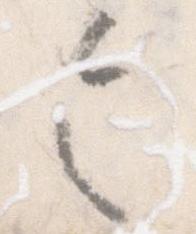
令